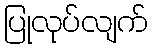
ပြုလုပ်လျက်